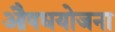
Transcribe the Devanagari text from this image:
औषधयोजना